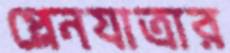
প্লেনযাত্রার